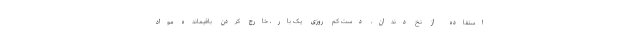
استفاده از نخ دندان، دست کم روزی یک بار، خارج کردن باقیمانده مواد